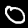
Digit: 0